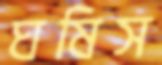
ঘষিস